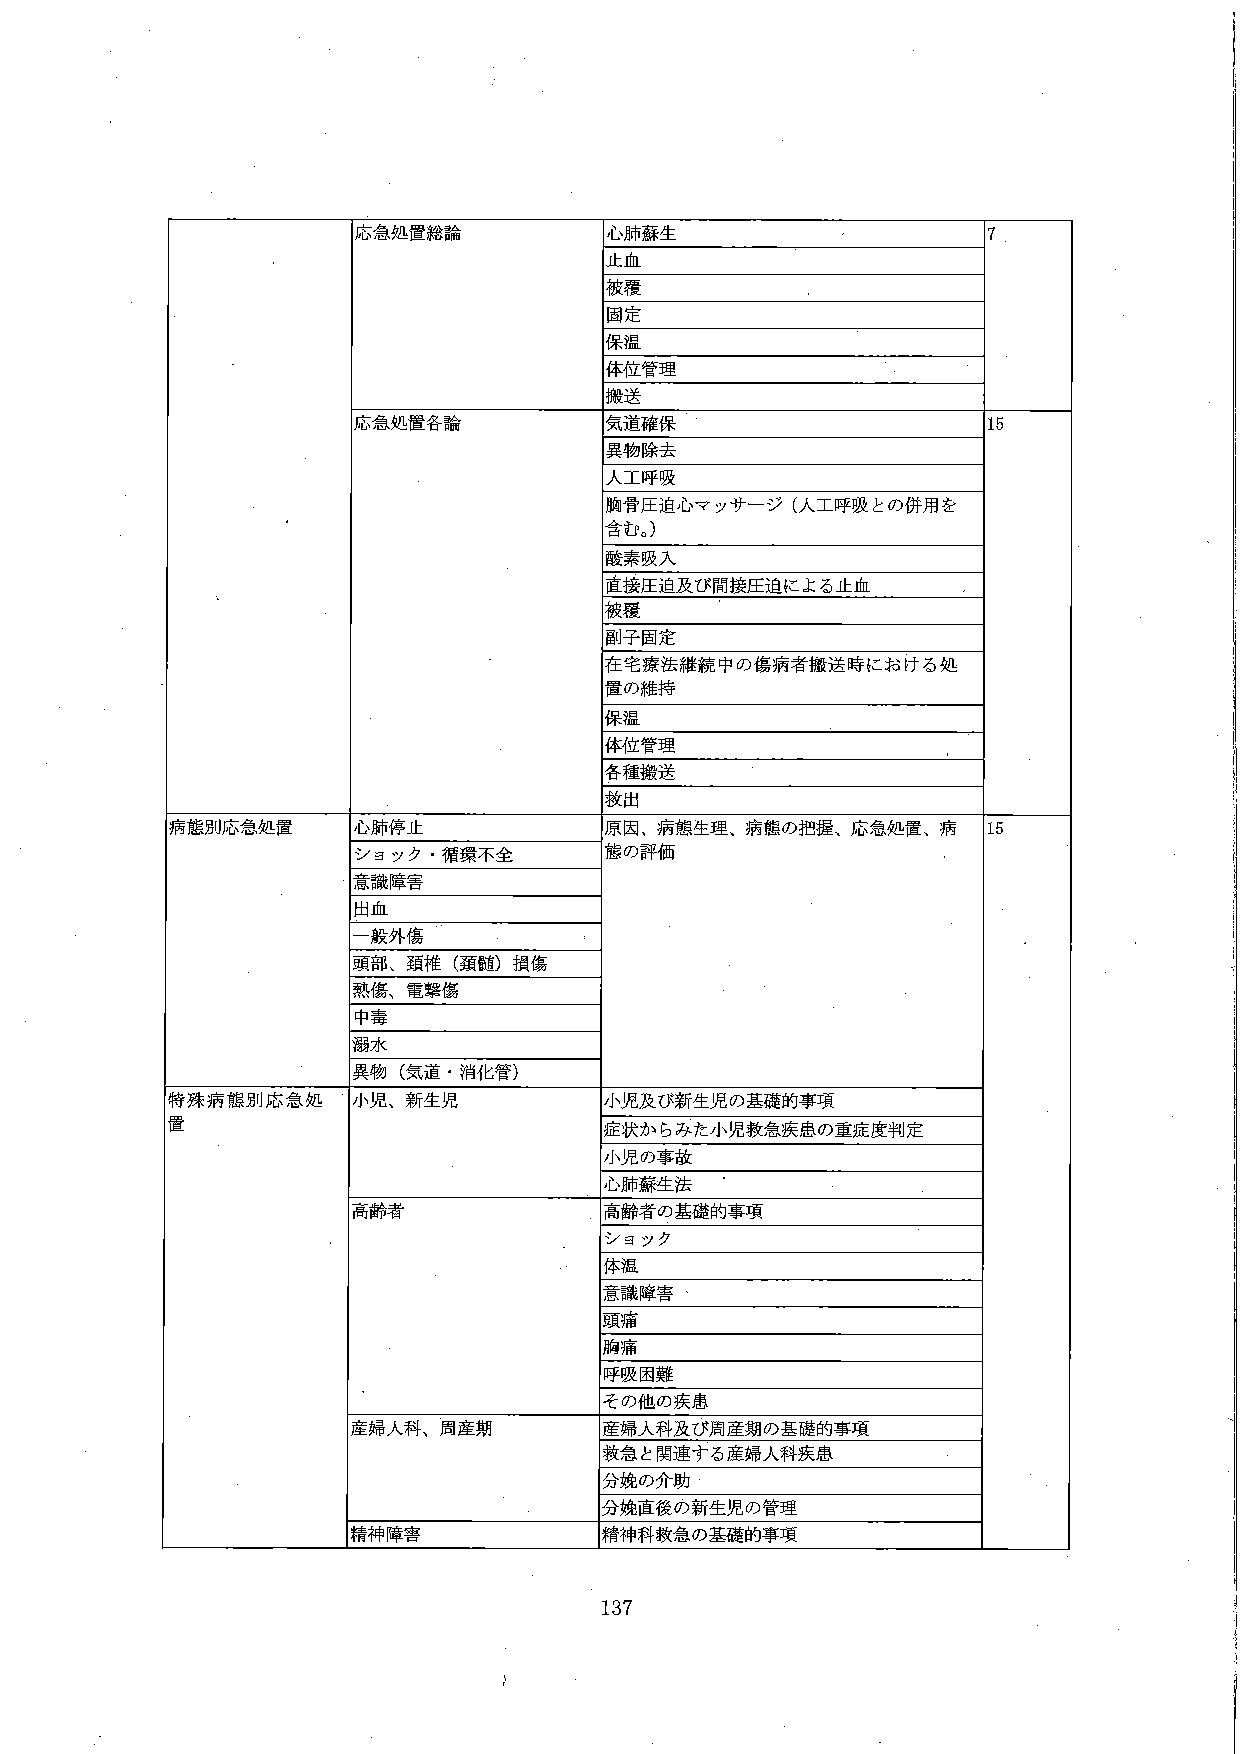
応急処置総論
心肺蘇生
止血
被覆
固定
保温
体位管理
搬送
7
応急処置各論
気道確保
異物除去
人工呼吸
胸骨圧迫心マッサージ（人工呼吸との併用を含む。）
酸素吸入
直接圧迫及び間接圧迫による止血
被覆
副子固定
在宅療法継続中の傷病者搬送時における処置の維持
保温
体位管理
各種搬送
救出
15
病態別応急処置
心肺停止
原因、病態生理、病態の把握、応急処置、病態の評価
15
ショック・循環不全
意識障害
出血
一般外傷
頭部、頚椎（頚髄）損傷
熱傷、電撃傷
中毒
溺水
異物（気道・消化管）
特殊病態別応急処置
小児、新生児
小児及び新生児の基礎的事項
症状からみた小児救急疾患の重度度判定
小児の事故
心肺蘇生法
高齢者
高齢者の基礎的事項
ショック
体温
意識障害
頭痛
胸痛
呼吸困難
その他の疾患
産婦人科、周産期
産婦人科及び周産期の基礎的事項
救急と関連する産婦人科疾患
分娩の介助
分娩直後の新生児の管理
精神障害
精神科救急の基礎的事項
137